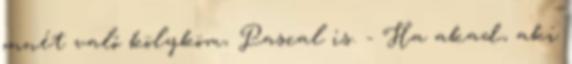
onnét való kölyköm, Pascal is. - Ha akad, aki